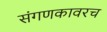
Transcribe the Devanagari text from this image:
संगणकावरच